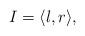
LaTeX: \begin{align*}I=\langle l, r\rangle,\end{align*}